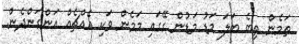
ތަމެން ތިބެ ބަަލަ މަޑު މަޑުން ގޭގައި މަމެން ވަކި އެއްޗެއް އަންގަންދެން.